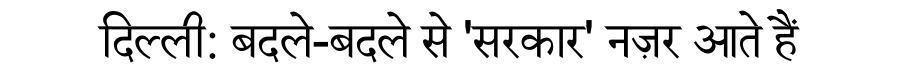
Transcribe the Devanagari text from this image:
दिल्ली: बदले-बदले से 'सरकार' नज़र आते हैं